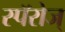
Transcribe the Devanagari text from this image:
स्पॅरोज्